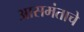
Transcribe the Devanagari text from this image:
आसमंताचे